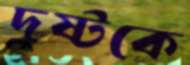
দুষ্টকে